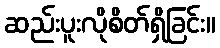
ဆည်းပူးလိုစိတ်ရှိခြင်း။